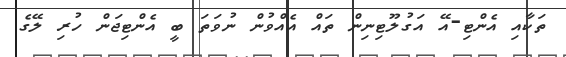
ތަކާއި އެންޓި-އޭ އަގުލޫޓިނިން ތައް އެއްވުން ނުވަތަ ބީ އެންޓިޖަން ހުރި ލޭގެ